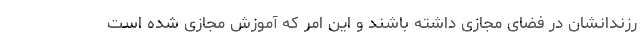
رزندانشان در فضای مجازی داشته باشند و این امر که آموزش مجازی شده است